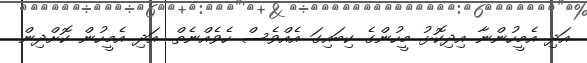
އަދި އެމީހުންނާ އިދިކޮޅު މީހުންގެ ކިބައިގަ އެއްވެސް ހެވެއްނެތް. އަދި އެމީހުން ކޮށްދިން